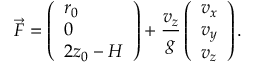
\vec { F } = \left( \begin{array} { l } { r _ { 0 } } \\ { 0 } \\ { 2 z _ { 0 } - H } \end{array} \right) + \frac { v _ { z } } { g } \left( \begin{array} { l } { v _ { x } } \\ { v _ { y } } \\ { v _ { z } } \end{array} \right) .